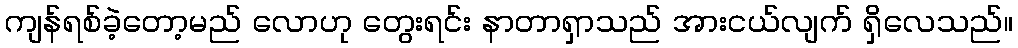
ကျန်ရစ်ခဲ့တော့မည် လောဟု တွေးရင်း နာတာရှာသည် အားငယ်လျက် ရှိလေသည်။